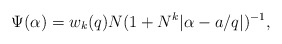
\begin{align*}\Psi(\alpha)=w_k(q)N(1+N^k|\alpha -a/q|)^{-1},\end{align*}